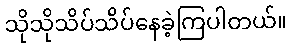
သိုသိုသိပ်သိပ်နေခဲ့ကြပါတယ်။